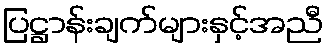
ပြဋ္ဌာန်းချက်များနှင့်အညီ